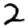
Digit: 2